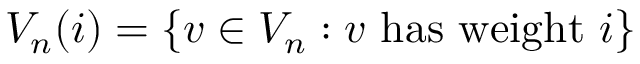
V _ { n } ( i ) = \{ v \in V _ { n } : v { \mathrm { ~ h a s ~ w e i g h t ~ } } i \}